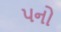
પનો